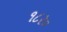
૧૮ર૦